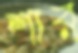
শার